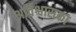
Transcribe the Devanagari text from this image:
अविश्वासका